Report on enteric fever
Disease focus: Fever
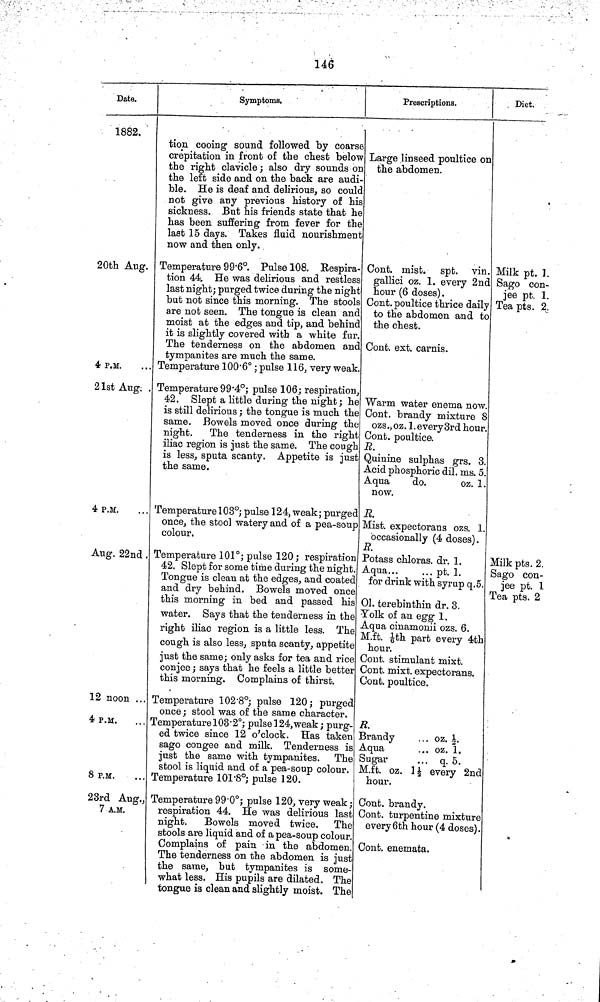
146
Date.
1882.
20th Aug.
4 P.M.
21st Aug. .
4 P.M.
Aug. 22nd .
12 noon ...
4 P.M.
8 P.M.
23rd Aug.,
7 A.M.
Symptoms.
tion cooing sound followed by coarse
crepitation in front of the chest below
the right clavicle ; also dry sounds on
the left side and on the back are audi-
ble. He is deaf and delirious, so could
not give any previous history of his
sickness. But his friends state that he
has been suffering from fever for the
last 15 days. Takes fluid nourishment
now and then only.
Temperature 99 6°. Pulse 108. Respira-
tion 44. He was delirious and restless
last night; purged twice during the night
but not since this morning. The stools
are not seen. The tongue is clean and
moist at the edges and tip, and behind
it is slightly covered with a white fur.
The tenderness on the abdomen and
tympanites are much the same.
Temperature 100 6° ; pulse 116, very weak.
Temperature 99 4°; pulse 106; respiration,
42. Slept a little during the night ; he
is still delirious ; the tongue is much the
same. Bowels moved once during the
night. The tenderness in the right
iliac region is just the same. The cough
is less, sputa scanty. Appetite is just
the same.
Temperature 103°; pulse 124, weak; purged
once, the stool watery and of a pea-soup
colour.
Temperature 101°; pulse 120; respiration
42. Slept for some time during the night.
Tongue is clean at the edges, and coated
and dry behind. Bowels moved once
this morning in bed and passed his
water. Says that the tenderness in the
right iliac region is a little less. The
cough is also less, sputa scanty, appetite
just the same; only asks for tea and rice
conjee ; says that he feels a little better
this morning. Complains of thirst.
Temperature 102 8°; pulse 120; purged
once; stool was of the same character.
Temperature 103 2°; pulse 124, weak; purg-
ed twice since 12 o'clock. Has taken
sago congee and milk. Tenderness is
just the same with tympanites. The
stool is liquid and of a pea-soup colour.
Temperature 101 8°; pulse 120.
Temperature 99 0°; pulse 120, very weak ;
respiration 44. He was delirious last
night. Bowels moved twice. The
stools are liquid and of a pea-soup colour.
Complains of pain in the abdomen.
The tenderness on the abdomen is just
the same, but tympanites is some-
what less. His pupils are dilated. The
tongue is clean and slightly moist. The
Prescriptions.
Large linseed poultice on
the abdomen.
Cont. mist. spt. vin.
gallici oz. 1. every 2nd
hour (6 doses).
Cont. poultice thrice daily
to the abdomen and to
the chest.
Cont. ext. carnis.
Warm water enema now.
Cont. brandy mixture 8
ozs., oz. 1. every3rd hour.
Cont. poultice.
E.
Quinine sulphas grs. 3.
Acid phosphoric dil. ms. 5.
Aqua
do.
oz. 1.
now.
R.
Mist. expectorans ozs. 1.
occasionally (4 doses).
R.
Potass chloras. dr. 1.
Aqua
pt. 1.
for drink with syrup q.5.
01. terebinthin dr. 3.
Yolk of an egg 1.
Aqua cinamonii ozs. 6.
M.ft. 1/6th part every 4th
hour.
Cont. stimulant mixt.
Cont. mixt. expectorans.
Cont. poultice.
R.
Brandy
. . oz. ½.
Aqua
... oz. 1.
Sugar
... q. 5.
M.ft. oz. 1½ every 2nd
hour.
Cont. brandy.
Cont. turpentine mixture
every 6th hour (4 doses).
Cont. enemata.
Diet.
Milk pt. 1.
Sago con-
jee pt. 1.
Tea pts. 2.
Milk pts. 2.
Sago con-
jee pt. 1
Tea pts. 2